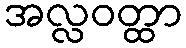
အလ္လဝတ္ထာ